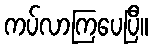
ကပ်လာကြပေပြီ။